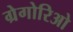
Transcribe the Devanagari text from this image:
ग्रेगोरिओ